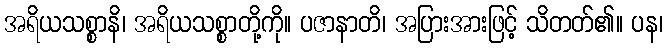
အရိယသစ္စာနိ၊ အရိယသစ္စာတို့ကို။ ပဇာနာတိ၊ အပြားအားဖြင့် သိတတ်၏။ ပန၊